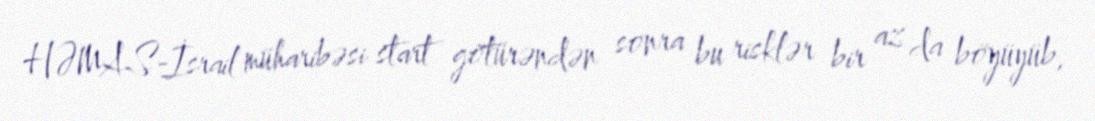
HƏMAS-İsrail müharibəsi start götürəndən sonra bu risklər bir az da böyüyüb,